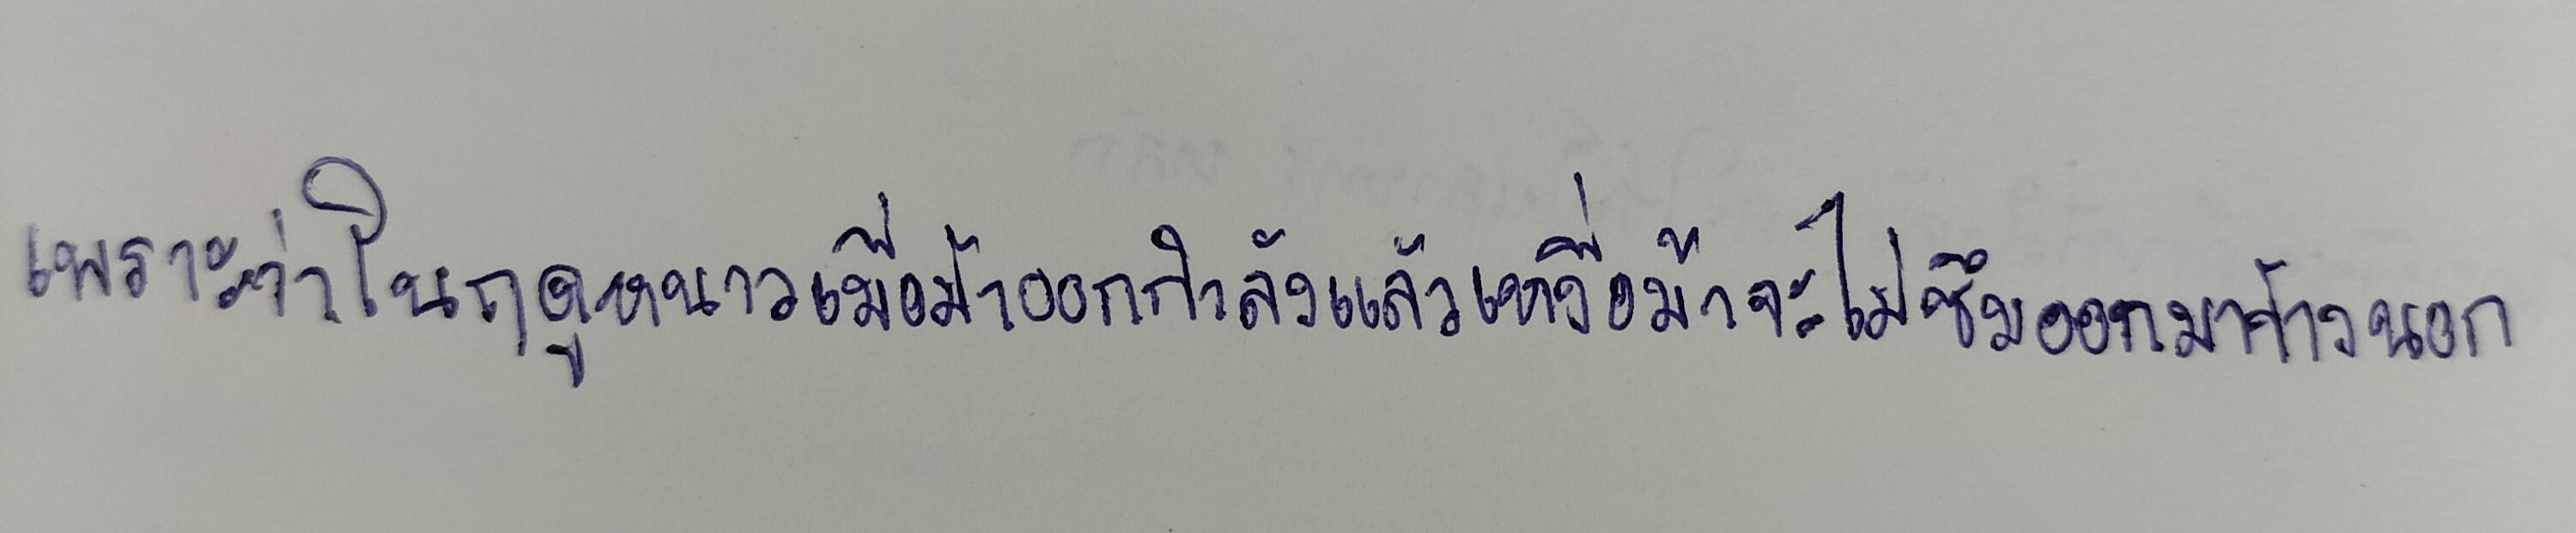
เพราะว่าในฤดูหนาวเมื่อม้าออกกำลังแล้วเหงื่อม้าจะไม่ซึมออกมาข้างนอก